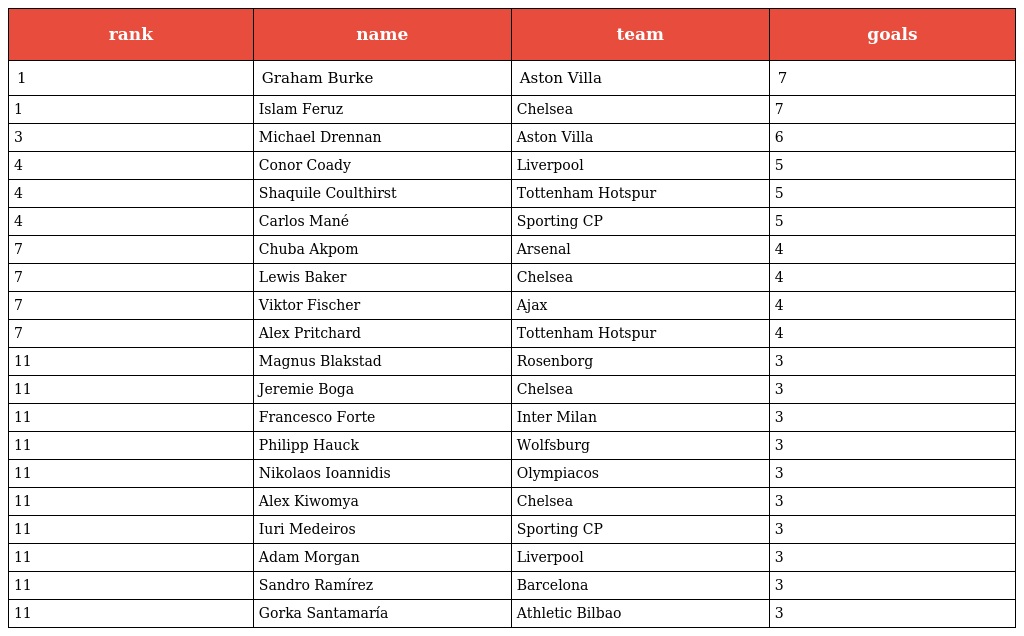
| rank | name | team | goals |
 | --- | --- | --- | --- |
 | 1 | Graham Burke | Aston Villa | 7 |
 | 1 | Islam Feruz | Chelsea | 7 |
 | 3 | Michael Drennan | Aston Villa | 6 |
 | 4 | Conor Coady | Liverpool | 5 |
 | 4 | Shaquile Coulthirst | Tottenham Hotspur | 5 |
 | 4 | Carlos Mané | Sporting CP | 5 |
 | 7 | Chuba Akpom | Arsenal | 4 |
 | 7 | Lewis Baker | Chelsea | 4 |
 | 7 | Viktor Fischer | Ajax | 4 |
 | 7 | Alex Pritchard | Tottenham Hotspur | 4 |
 | 11 | Magnus Blakstad | Rosenborg | 3 |
 | 11 | Jeremie Boga | Chelsea | 3 |
 | 11 | Francesco Forte | Inter Milan | 3 |
 | 11 | Philipp Hauck | Wolfsburg | 3 |
 | 11 | Nikolaos Ioannidis | Olympiacos | 3 |
 | 11 | Alex Kiwomya | Chelsea | 3 |
 | 11 | Iuri Medeiros | Sporting CP | 3 |
 | 11 | Adam Morgan | Liverpool | 3 |
 | 11 | Sandro Ramírez | Barcelona | 3 |
 | 11 | Gorka Santamaría | Athletic Bilbao | 3 |